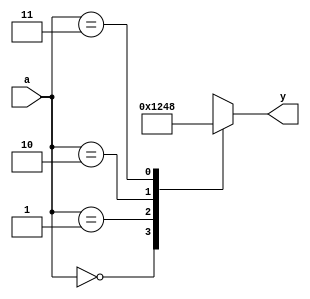
`timescale 1ns / 1ps
//////////////////////////////////////////////////////////////////////////////////
// Company: 
// Engineer: 
// 
// Design Name: 
// Module Name: decoder
// Project Name: 
// Target Devices: 
// Tool Versions: 
// Description: 
// 
// Dependencies: 
// 
// Revision:
// Revision 0.01 - File Created
// Additional Comments:
// 
//////////////////////////////////////////////////////////////////////////////////

module decoder(
    input [1:0] a, // create bus
    output reg [3:0] y // create bus
    );
    
    always @ (a) begin
        case(a)
            2'b00: y = 4'b0001;
            2'b01: y = 4'b0010;
            2'b10: y = 4'b0100;
            2'b11: y = 4'b1000;
        endcase
    end
endmodule